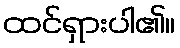
ထင်ရှားပါ၏။